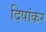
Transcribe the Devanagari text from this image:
दिपांकर